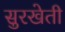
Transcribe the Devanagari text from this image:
सुरखेती